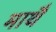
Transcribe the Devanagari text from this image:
माथै